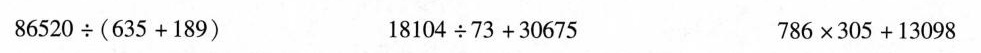
$$8 6 5 2 0 \div ( 6 3 5 + 1 8 9 )$$ $$1 8 1 0 4 \div 7 3 + 3 0 6 7 5$$ $$7 8 6 \times 3 0 5 + 1 3 0 9 8$$